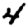
Digit: 4